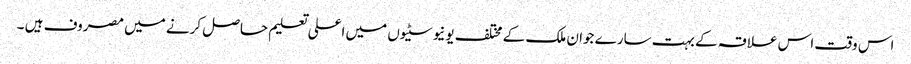
اس وقت اس علاقہ کے بہت سارے جوان ملک کے مختلف یونیوسٹیوں میں اعلی تعلیم حاصل کرنے میں مصروف ہیں ۔